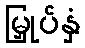
မြှုပ်နှံ